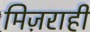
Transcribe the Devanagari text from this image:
मिज़राही